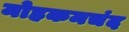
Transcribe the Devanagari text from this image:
मोहकमचंद